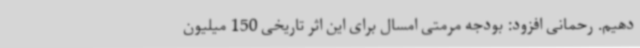
دهیم. رحمانی افزود: بودجه مرمتی امسال برای این اثر تاریخی 150 میلیون